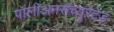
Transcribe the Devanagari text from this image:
पॉलीअनसॅच्युरेटेड